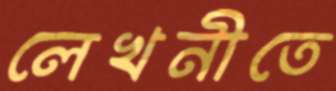
লেখনীতে